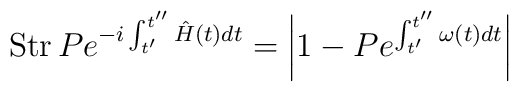
\mathrm{Str}\,P e^{-i\int_{t^{\prime}}^{t^{\prime\prime}}\hat{H}(t)dt}=\left|1-Pe^{\int_{t^{\prime}}^{t^{\prime\prime}}\omega(t)dt}\right|